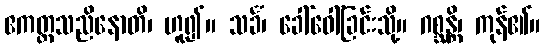
ဧကတ္တသညိနောတိ၊ ဟူ၍။ သင်္ခံ၊ ခေါ်ဝေါ်ခြင်းသို့။ ဂစ္ဆန္တိ၊ ကုန်၏။